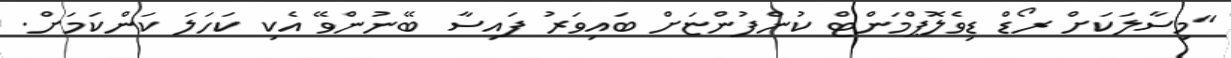
"މިސާލަކަށް ރޯޑް ޑިވެލޮޕްމަންޓް ކުންފުންޏަށް ބައިވަރު ފައިސާ ބޭނުންވޭ އެކި ކަހަލަ ކަންކަމަށް.